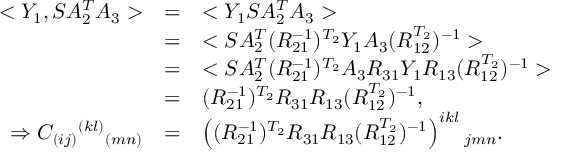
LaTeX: \begin{array} { r c l } { { < Y _ { 1 } , S A _ { 2 } ^ { T } A _ { 3 } > } } & { { = } } & { { < Y _ { 1 } S A _ { 2 } ^ { T } A _ { 3 } > } } \\ { { } } & { { = } } & { { < S A _ { 2 } ^ { T } ( R _ { 2 1 } ^ { - 1 } ) ^ { T _ { 2 } } Y _ { 1 } A _ { 3 } ( R _ { 1 2 } ^ { T _ { 2 } } ) ^ { - 1 } > } } \\ { { } } & { { = } } & { { < S A _ { 2 } ^ { T } ( R _ { 2 1 } ^ { - 1 } ) ^ { T _ { 2 } } A _ { 3 } R _ { 3 1 } Y _ { 1 } R _ { 1 3 } ( R _ { 1 2 } ^ { T _ { 2 } } ) ^ { - 1 } > } } \\ { { } } & { { = } } & { { ( R _ { 2 1 } ^ { - 1 } ) ^ { T _ { 2 } } R _ { 3 1 } R _ { 1 3 } ( R _ { 1 2 } ^ { T _ { 2 } } ) ^ { - 1 } , } } \\ { { \Rightarrow C _ { ( i j ) } { } ^ { ( k l ) } { } _ { ( m n ) } } } & { { = } } & { { \left( ( R _ { 2 1 } ^ { - 1 } ) ^ { T _ { 2 } } R _ { 3 1 } R _ { 1 3 } ( R _ { 1 2 } ^ { T _ { 2 } } ) ^ { - 1 } \right) ^ { i k l } { } _ { j m n } . } } \end{array}